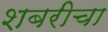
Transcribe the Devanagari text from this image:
शबरीचा